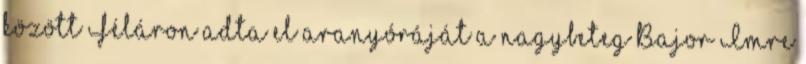
között Féláron adta el aranyóráját a nagybeteg Bajor Imre